Insane asylums Bombay 1873-77 - 1873-1877
Year: 1873
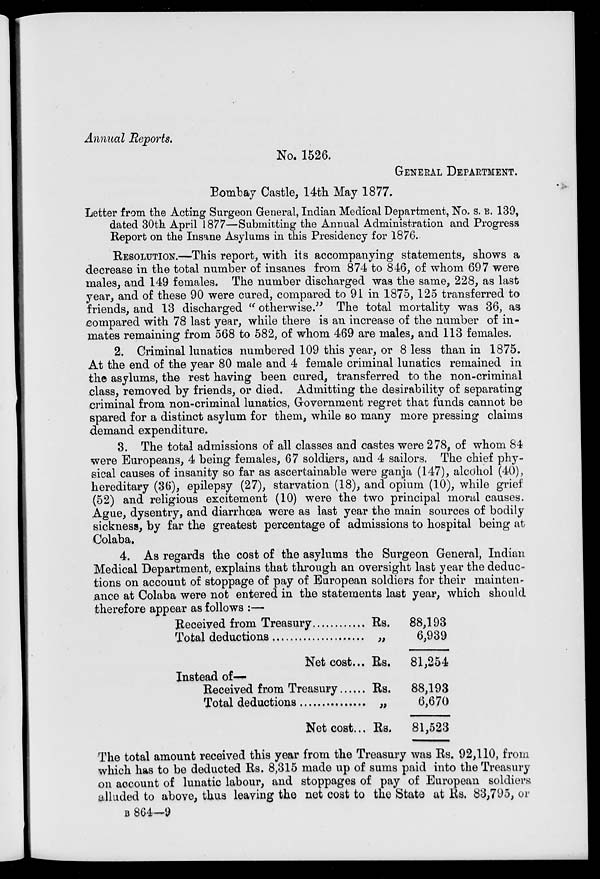
Annual Reports.
No. 1526.
GENERAL DEPARTMENT.
Bombay Castle, 14th May 1877.
Letter from the Acting Surgeon General, Indian Medical Department, No. s. B. 139,
dated 30th April 1877—Submitting the Annual Administration and Progress
Report on the Insane Asylums in this Presidency for 1876.
RESOLUTION.—This report, with its accompanying statements, shows a
decrease in the total number of insanes from 874 to 846, of whom 697 were
males, and 149 females. The number discharged was the same, 228, as last
year, and of these 90 were cured, compared to 91 in 1875, 125 transferred to
friends, and 13 discharged " otherwise." The total mortality was 36, as
compared with 78 last year, while there is an increase of the number of in-
mates remaining from 568 to 582, of whom 469 are males, and 113 females.
2. Criminal lunatics numbered 109 this year, or 8 less than in 1875.
At the end of the year 80 male and 4 female criminal lunatics remained in
the asylums, the rest having been cured, transferred to the non-criminal
class, removed by friends, or died. Admitting the desirability of separating
criminal from non-criminal lunatics, Government regret that funds cannot be
spared for a distinct asylum for them, while so many more pressing claims
demand expenditure.
3. The total admissions of all classes and castes were 278, of whom 84
were Europeans, 4 being females, 67 soldiers, and 4 sailors. The chief phy-
sical causes of insanity so far as ascertainable were ganja (147), alcohol (40),
hereditary (36), epilepsy (27), starvation (18), and opium (10), while grief
(52) and religious excitement (10) were the two principal moral causes.
Ague, dysentry, and diarrhœa were as last year the main sources of bodily
sickness, by far the greatest percentage of admissions to hospital being at
Colaba.
4. As regards the cost of the asylums the Surgeon General, Indian
Medical Department, explains that through an oversight last year the deduc-
tions on account of stoppage of pay of European soldiers for their mainten-
ance at Colaba were not entered in the statements last year, which should
therefore appear as follows :—
Received from Treasury ............
Total deductions .....................
Net cost...
Instead of—
Received from Treasury ......
Total deductions ...............
Net cost...
Rs.
„
Rs.
Rs.
„
Rs.
88,193
6,939
81,254
88,193
6,670
81,523
The total amount received this year from the Treasury was Rs. 92,110, from
which has to be deducted Rs. 8,315 made up of sums paid into the Treasury
on account of lunatic labour, and stoppages of pay of European soldiers
alluded to above, thus leaving the net cost to the State at Rs. 83,795, or
B 864—9